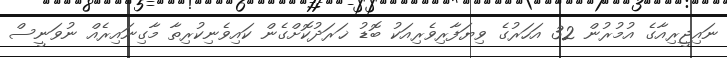
ނައިޖީރިއާގެ އުމުރުން 32 އަހަރުގެ ވިޔަފާރިވެރިއަކު ބޮޑު ޚަރަދުކޮށްގެން ކައިވެނިކުރިތާ މާގިނައިރެއް ނުވަނީސް